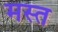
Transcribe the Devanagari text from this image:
मस्‍त